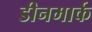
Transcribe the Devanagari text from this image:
डीनमार्क